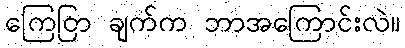
ကြေငြာ ချက်က ဘာအကြောင်းလဲ။